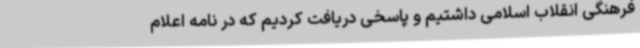
فرهنگی انقلاب اسلامی داشتیم و پاسخی دریافت کردیم که در نامه اعلام